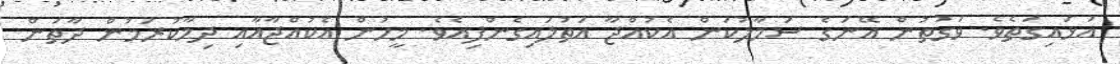
އަޅައިގަތެވެ. ވަގުތުން އޭނަގެ ސަމާލުކަން އެކުއްޖާ އަތުލައިގެންފިއެވެ. މީހުން އެކުއްޖާއާއި ދިމާކުރަމުން ދާތަން